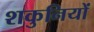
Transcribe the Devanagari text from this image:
शकुनियों